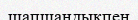
шапшандықпен